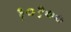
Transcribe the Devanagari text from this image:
१०१००